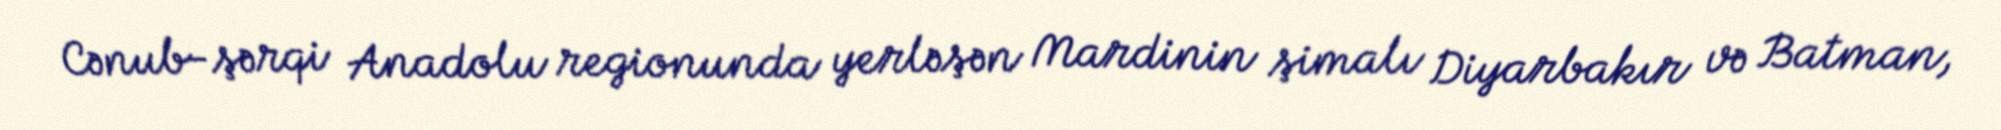
Cənub-şərqi Anadolu regionunda yerləşən Mardinin şimalı Diyarbakır və Batman,